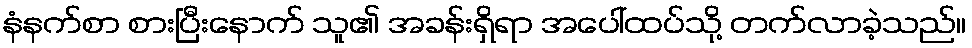
နံနက်စာ စားပြီးနောက် သူ၏ အခန်းရှိရာ အပေါ်ထပ်သို့ တက်လာခဲ့သည်။